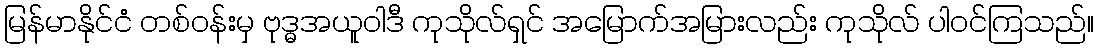
မြန်မာနိုင်ငံ တစ်ဝန်းမှ ဗုဒ္ဓအယူဝါဒီ ကုသိုလ်ရှင် အမြောက်အမြားလည်း ကုသိုလ် ပါဝင်ကြသည်။